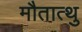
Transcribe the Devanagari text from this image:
मौतात्थु